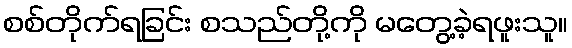
စစ်တိုက်ရခြင်း စသည်တို့ကို မတွေ့ခဲ့ရဖူးသူ။